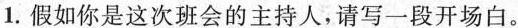
1. 假如你是这次班会的主持人，请写一段开场白。